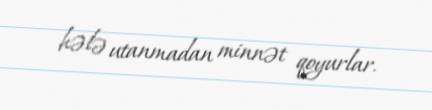
hələ utanmadan minnət qoyurlar.